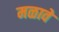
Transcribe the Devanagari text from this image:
मळावे